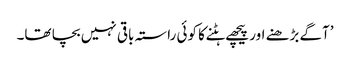
’آگے بڑھنے اور پیچھے ہٹنے کا کوئی راستہ باقی نہیں بچا تھا۔